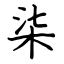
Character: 柒